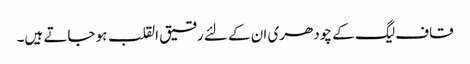
قاف لیگ کے چودھری ان کے لئے رقیق القلب ہو جاتے ہیں۔